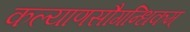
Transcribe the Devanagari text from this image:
कल्याणसौगन्धिकम्